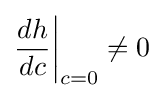
{\frac {dh}{dc}}{\bigg \vert }_{c=0}\neq 0